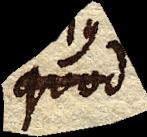
quod